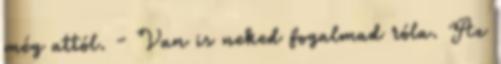
még attól. - Van is neked fogalmad róla. Az